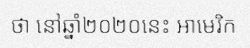
ថា នៅឆ្នាំ២០២០នេះ អាមេរិក